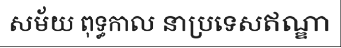
សម័យ ពុទ្ធកាល នាប្រទេសឥណ្ឌា